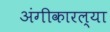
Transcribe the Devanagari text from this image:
अंगीकारल्या